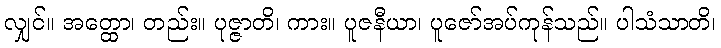
လျှင်။ အတ္ထော၊ တည်း။ ပုဇ္ဇာတိ၊ ကား။ ပူဇနီယာ၊ ပူဇော်အပ်ကုန်သည်။ ပါသံသာတိ၊